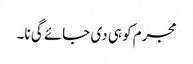
مجرم کو ہی دی جائے گی نا۔